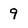
Character: 9